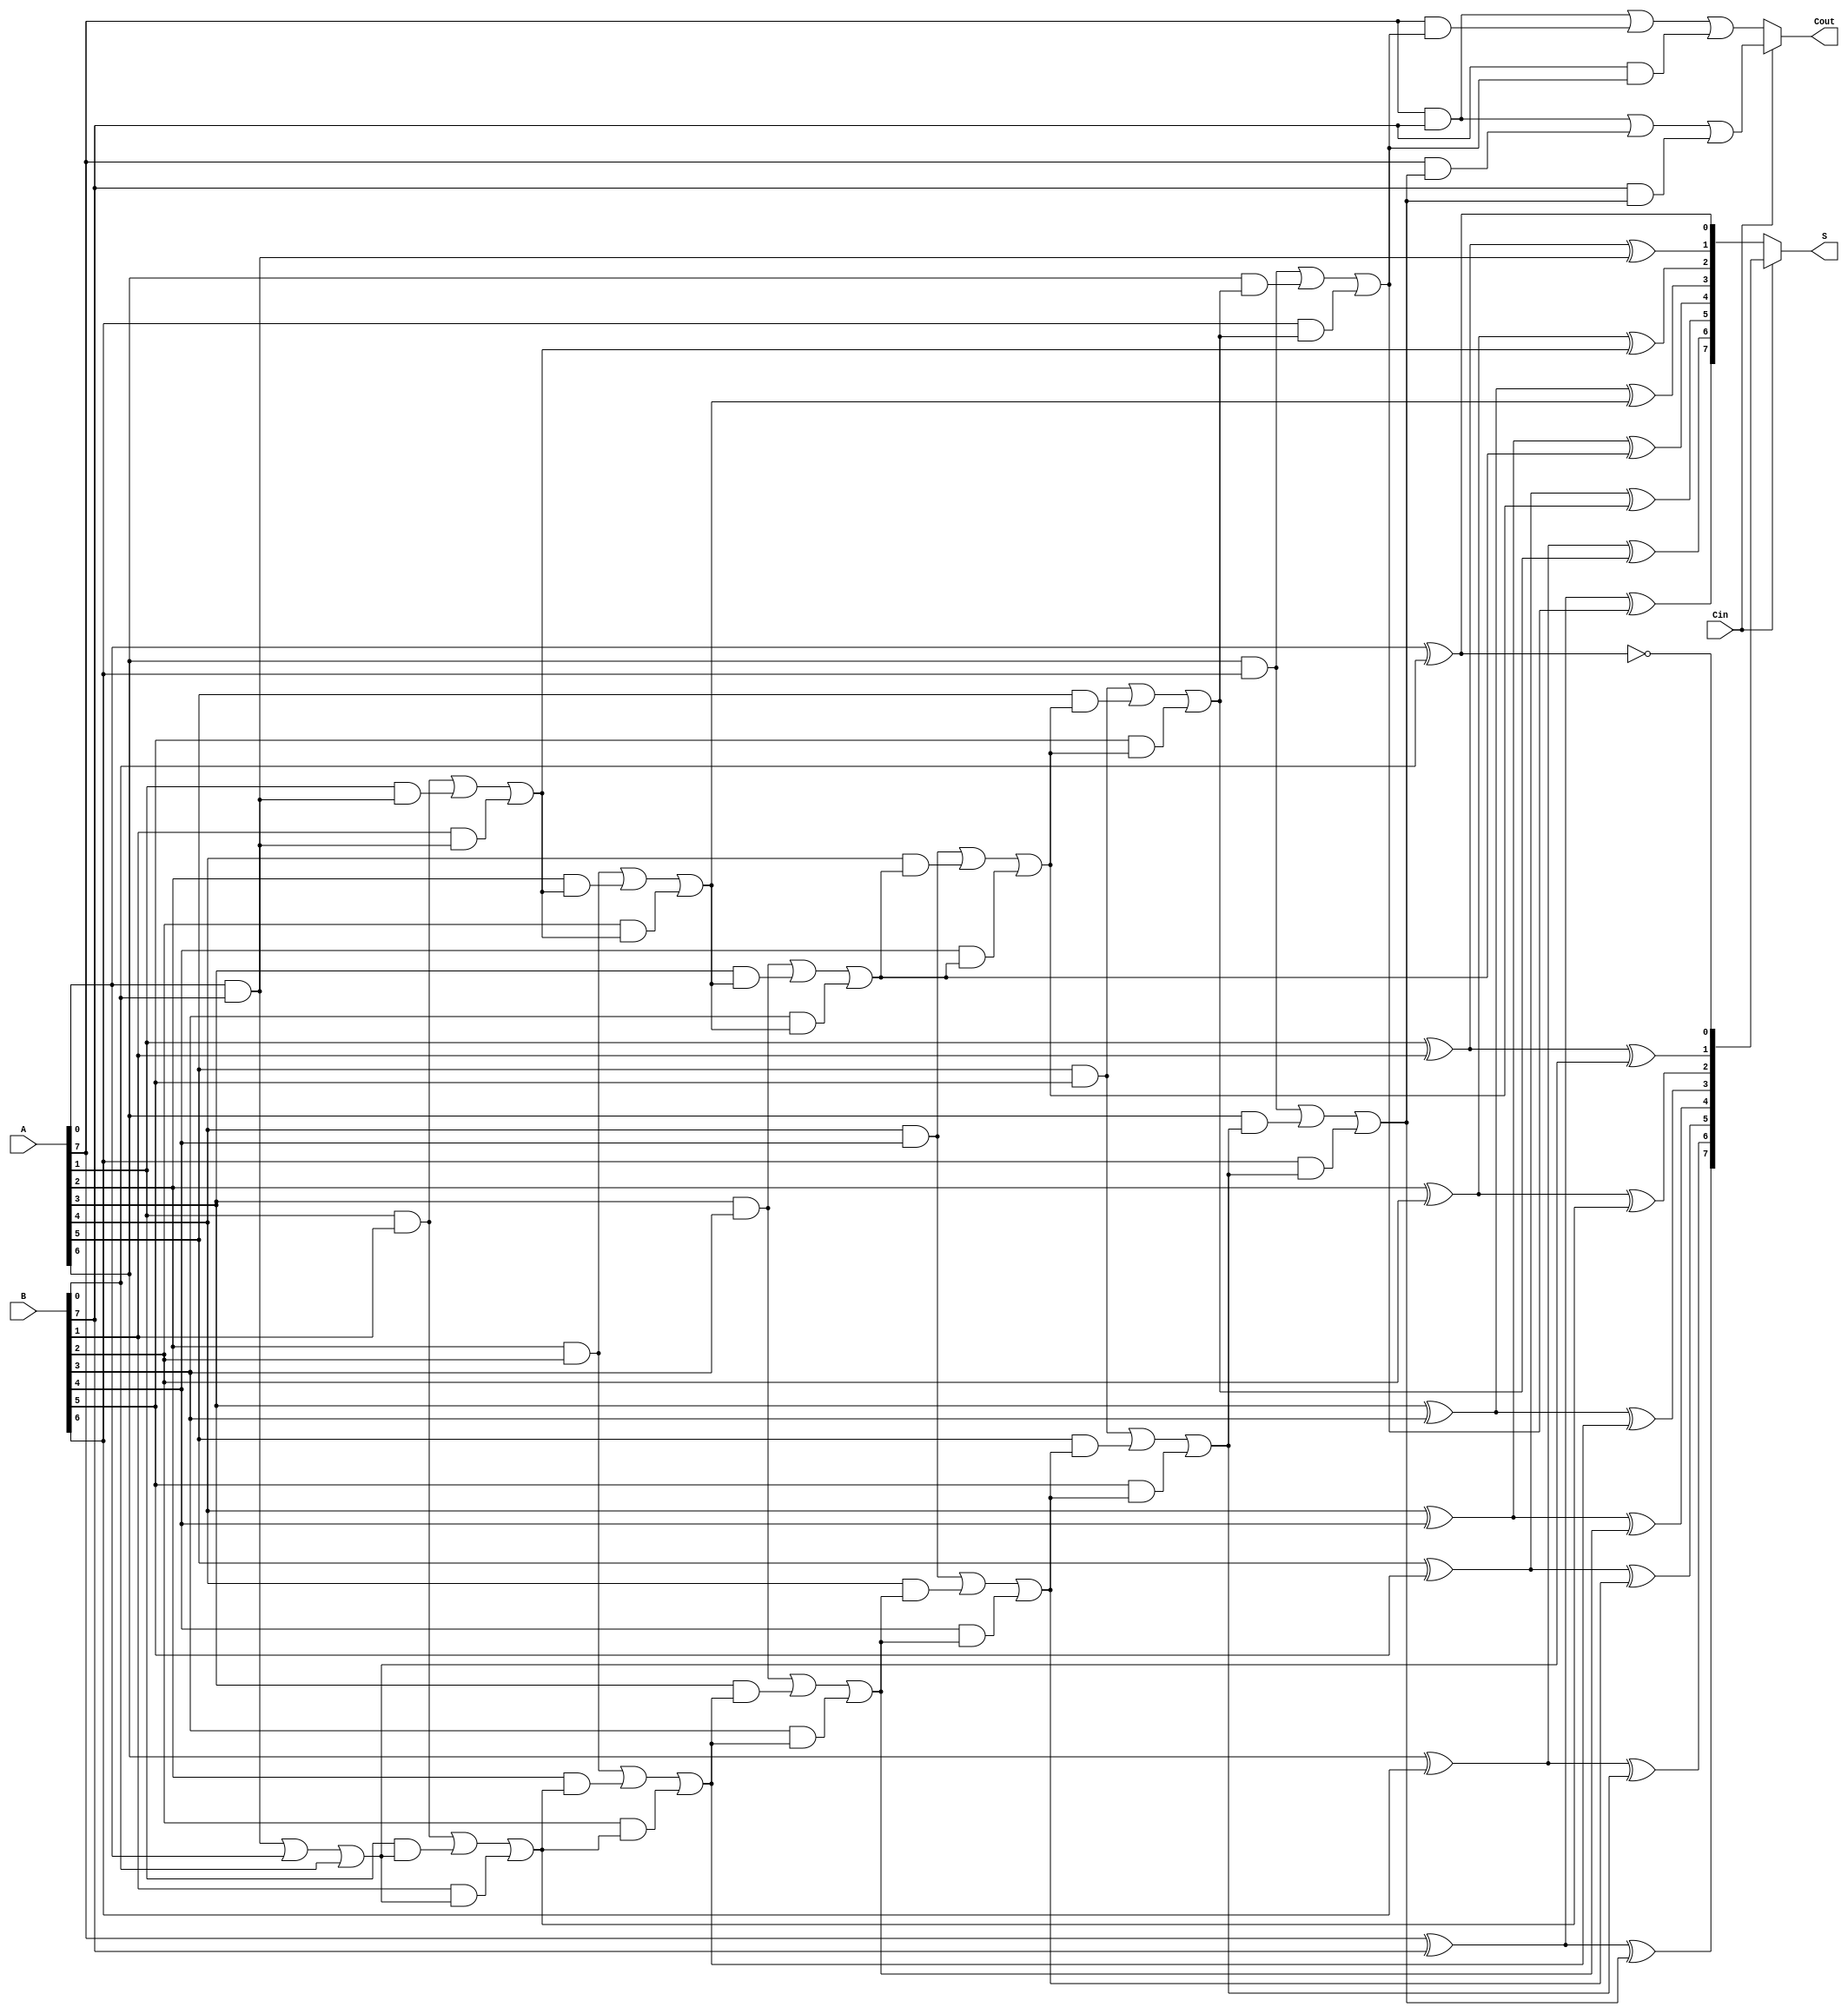
module CCSA #(parameter N = 8) (
    input  [N-1:0] A,       // First N-bit input
    input  [N-1:0] B,       // Second N-bit input
    input          Cin,      // Carry-in
    output [N-1:0] S,       // N-bit Sum output
    output         Cout      // Carry-out
);

// Internal signals for the carry and sum
wire [N-1:0] S0, S1; // Sums when Cin=0 and Cin=1
wire [N:0] C0, C1;   // Carries when Cin=0 and Cin=1

// Generate the carry and sum for each bit
genvar i;
generate
    for (i = 0; i < N; i = i + 1) begin : CCSA_block
        if (i == 0) begin
            // First full adder for the least significant bit
            assign S0[i] = A[i] ^ B[i] ^ 1'b0; // Sum when Cin=0
            assign C0[i+1] = (A[i] & B[i]) | (A[i] & 1'b0) | (B[i] & 1'b0); // Carry when Cin=0
            
            assign S1[i] = A[i] ^ B[i] ^ 1'b1; // Sum when Cin=1
            assign C1[i+1] = (A[i] & B[i]) | (A[i] & 1'b1) | (B[i] & 1'b1); // Carry when Cin=1
        end else begin
            // Full adders for subsequent bits
            assign S0[i] = A[i] ^ B[i] ^ C0[i]; // Sum when Cin=0
            assign C0[i+1] = (A[i] & B[i]) | (A[i] & C0[i]) | (B[i] & C0[i]); // Carry when Cin=0
            
            assign S1[i] = A[i] ^ B[i] ^ C1[i]; // Sum when Cin=1
            assign C1[i+1] = (A[i] & B[i]) | (A[i] & C1[i]) | (B[i] & C1[i]); // Carry when Cin=1
        end
    end
endgenerate

// MUX to select the final sum and carry-out based on Cin
assign S = (Cin) ? S1 : S0; // Select sum based on Cin
assign Cout = (Cin) ? C1[N] : C0[N]; // Select carry-out based on Cin

endmodule